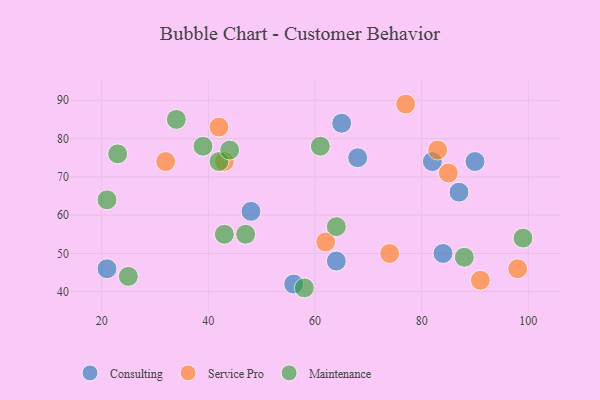
{"axis": {"x": "GDP", "y": "Life Expectancy"}, "legend": ["Consulting", "Maintenance", "Service Pro"], "data": [{"x": "90", "y": 74, "type": "Consulting"}, {"x": "87", "y": 66, "type": "Consulting"}, {"x": "64", "y": 48, "type": "Consulting"}, {"x": "84", "y": 50, "type": "Consulting"}, {"x": "68", "y": 75, "type": "Consulting"}, {"x": "56", "y": 42, "type": "Consulting"}, {"x": "65", "y": 84, "type": "Consulting"}, {"x": "48", "y": 61, "type": "Consulting"}, {"x": "82", "y": 74, "type": "Consulting"}, {"x": "21", "y": 46, "type": "Consulting"}, {"x": "74", "y": 50, "type": "Service Pro"}, {"x": "32", "y": 74, "type": "Service Pro"}, {"x": "62", "y": 53, "type": "Service Pro"}, {"x": "85", "y": 71, "type": "Service Pro"}, {"x": "98", "y": 46, "type": "Service Pro"}, {"x": "77", "y": 89, "type": "Service Pro"}, {"x": "91", "y": 43, "type": "Service Pro"}, {"x": "42", "y": 83, "type": "Service Pro"}, {"x": "83", "y": 77, "type": "Service Pro"}, {"x": "43", "y": 74, "type": "Service Pro"}, {"x": "61", "y": 78, "type": "Maintenance"}, {"x": "23", "y": 76, "type": "Maintenance"}, {"x": "42", "y": 74, "type": "Maintenance"}, {"x": "39", "y": 78, "type": "Maintenance"}, {"x": "99", "y": 54, "type": "Maintenance"}, {"x": "64", "y": 57, "type": "Maintenance"}, {"x": "43", "y": 55, "type": "Maintenance"}, {"x": "25", "y": 44, "type": "Maintenance"}, {"x": "88", "y": 49, "type": "Maintenance"}, {"x": "34", "y": 85, "type": "Maintenance"}, {"x": "47", "y": 55, "type": "Maintenance"}, {"x": "44", "y": 77, "type": "Maintenance"}, {"x": "58", "y": 41, "type": "Maintenance"}, {"x": "21", "y": 64, "type": "Maintenance"}]}